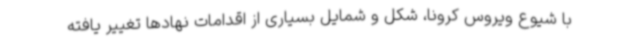
با شیوع ویروس کرونا، شکل و شمایل بسیاری از اقدامات نهادها تغییر یافته